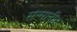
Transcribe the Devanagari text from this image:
संन्मानीत